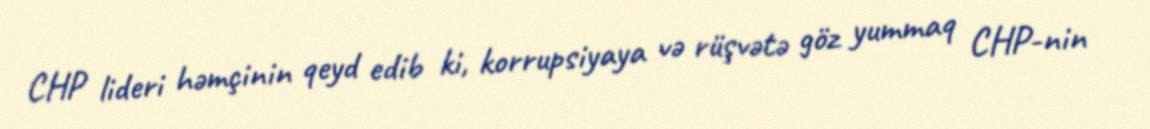
CHP lideri həmçinin qeyd edib ki, korrupsiyaya və rüşvətə göz yummaq CHP-nin